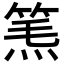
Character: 𥮿